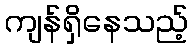
ကျန်ရှိနေသည့်